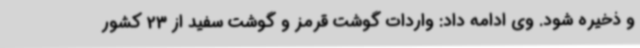
و ذخیره شود. وی ادامه داد: واردات گوشت قرمز و گوشت سفید از 23 کشور